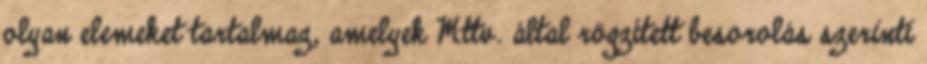
olyan elemeket tartalmaz, amelyek Mttv. által rögzített besorolás szerinti